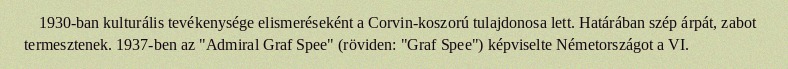
1930-ban kulturális tevékenysége elismeréseként a Corvin-koszorú tulajdonosa lett. Határában szép árpát, zabot termesztenek. 1937-ben az "Admiral Graf Spee" (röviden: "Graf Spee") képviselte Németországot a VI.